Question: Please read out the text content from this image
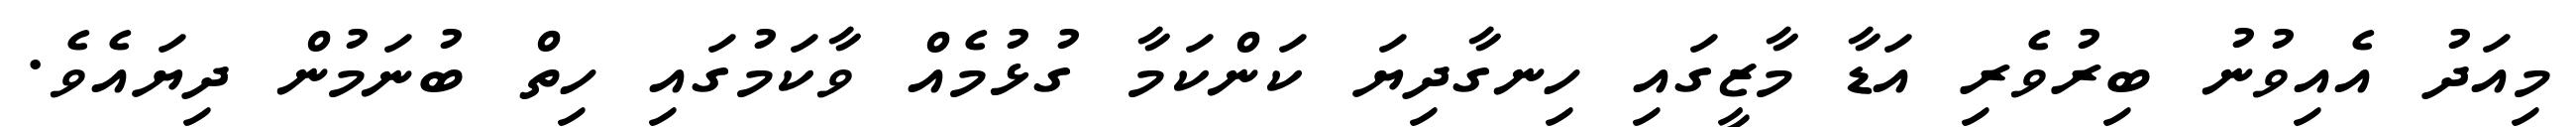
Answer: މިއަދު އެއިވުނު ބިރުވެރި އަޑާ މާޒީގައި ހިނގާދިޔަ ކަންކަމާ ގުޅުމެއް ވާކަމުގައި ހިތް ބުނަމުން ދިޔައެވެ.